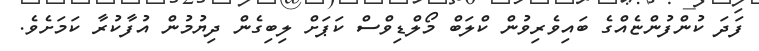
ފަދަ ކުންފުންޏެއްގެ ބައިވެރިވުން ކްލަބް މޯލްޑިވްސް ކަޕަށް ލިބިގެން ދިޔުމުން އުފާކުރާ ކަމަށެވެ.